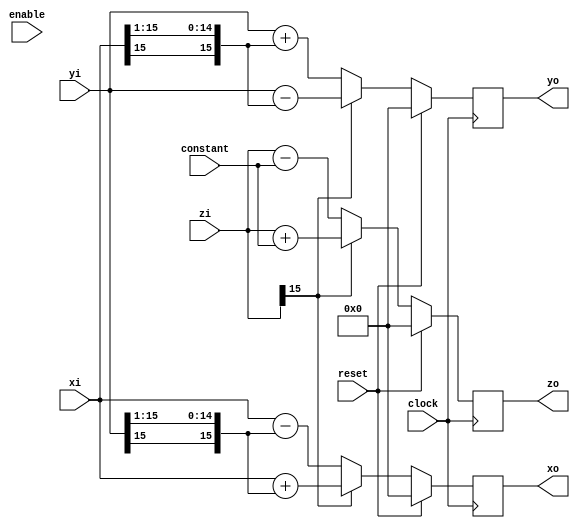
module cordic_stage( clock, reset, enable, xi,yi,zi,constant,xo,yo,zo);
   parameter bitwidth = 16;
   parameter zwidth = 16;
   parameter shift = 1;
   
   input     clock;
   input     reset;
   input     enable;
   input [bitwidth-1:0] xi,yi;
   input [zwidth-1:0] zi;
   input [zwidth-1:0] constant;
   output [bitwidth-1:0] xo,yo;
   output [zwidth-1:0] zo;
   
   wire z_is_pos = ~zi[zwidth-1];

   reg [bitwidth-1:0] 	 xo,yo;
   reg [zwidth-1:0] zo;
   
   always @(posedge clock)
     if(reset)
       begin
	  xo <= 0;
	  yo <= 0;
	  zo <= 0;
       end
     else //if(enable)
       begin
	  xo <= z_is_pos ?   
		xi - {{shift+1{yi[bitwidth-1]}},yi[bitwidth-2:shift]} :
		xi + {{shift+1{yi[bitwidth-1]}},yi[bitwidth-2:shift]};
	  yo <= z_is_pos ?   
		yi + {{shift+1{xi[bitwidth-1]}},xi[bitwidth-2:shift]} :
		yi - {{shift+1{xi[bitwidth-1]}},xi[bitwidth-2:shift]};
	  zo <= z_is_pos ?   
		zi - constant :
		zi + constant;
       end
endmodule